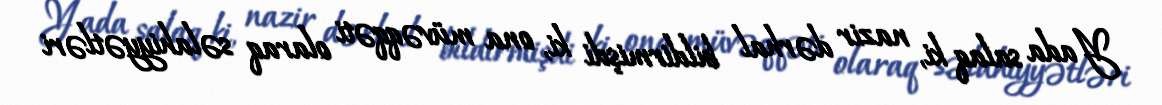
Yada salaq ki, nazir dərhal bildirmişdi ki, ona müvəqqəti olaraq səlahiyyətləri